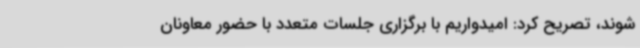
شوند، تصریح کرد: امیدواریم با برگزاری جلسات متعدد با حضور معاونان